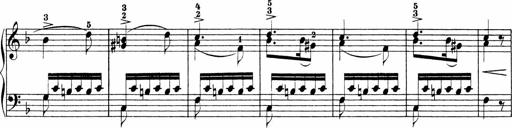
Title: Sonatinen Op.47, 98 und 136, nebst 6 Liedersonatinen
Composer: Carl Reinecke